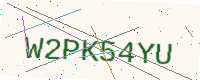
Text: W2PK54YU